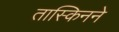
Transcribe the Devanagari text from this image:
तास्किनने